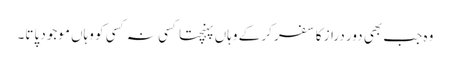
وہ جب بھی دور دراز کا سفر کر کے وہاں پہنچتا کسی نہ کسی کو وہاں موجود پاتا۔